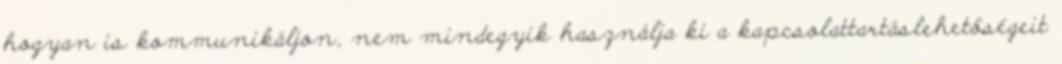
hogyan is kommunikáljon, nem mindegyik használja ki a kapcsolattartáslehetőségeit